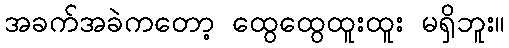
အခက်အခဲကတော့ ထွေထွေထူးထူး မရှိဘူး။